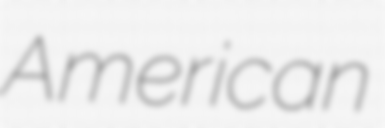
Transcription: American